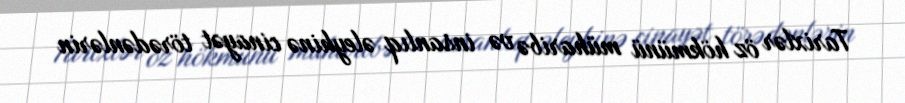
Tarixlər öz hökmünü müharibə və insanlıq əleyhinə cinayət törədənlərin